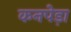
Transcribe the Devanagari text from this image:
कनपेड़ा